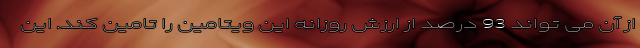
از آن می تواند 93 درصد از ارزش روزانه این ویتامین را تامین کند. این